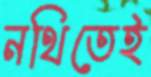
নথিতেই